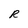
Character: R